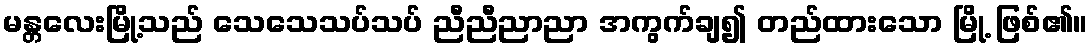
မန္တလေးမြို့သည် သေသေသပ်သပ် ညီညီညာညာ အကွက်ချ၍ တည်ထားသော မြို့ ဖြစ်၏။